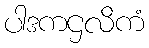
ပါဒကဌလိကံ